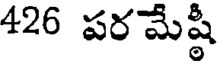
426 పర మేష్ఠీ